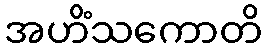
အဟိံသကောတိ